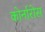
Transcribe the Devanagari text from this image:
कोर्नारोस